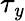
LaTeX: \tau_{\mathit{y}}